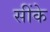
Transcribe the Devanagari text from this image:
सींके